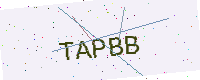
Text: TAPBB